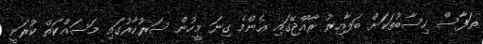
ތަފާސް ހިސާބުތަކަށް ބަލާއިރު ރާއްޖޭގައި އެންމެ ގިނަ މީހުން ސަރުކާރުގައި މަސައްކަތް ކުރަނީ